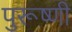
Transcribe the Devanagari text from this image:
पुरूष्णी